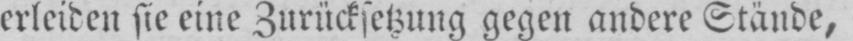
erleiden sie eine Zurücksetzung gegen andere Stände,